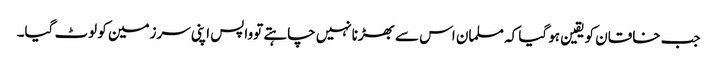
جب خاقان کویقین ہو گیا کہ مسلمان اس سے بھڑنانہیں چاہتے توواپس اپنی سرزمین کو لوٹ گیا۔